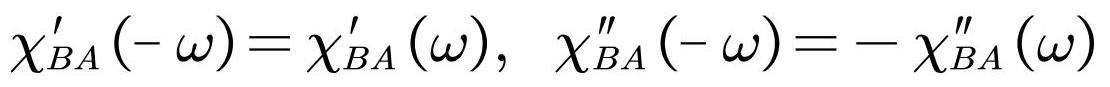
$\chi_{B A}^{\prime}(-\omega)=\chi_{B A}^{\prime}(\omega), \quad \chi_{B A}^{\prime \prime}(-\omega)=-\chi_{B A}^{\prime \prime}(\omega)$